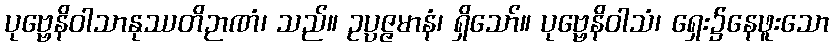
ပုဗ္ဗေနိဝါသာနုဿတိဉာဏံ၊ သည်။ ဥပ္ပဇ္ဇမာနံ၊ ရှိသော်။ ပုဗ္ဗေနိဝါသံ၊ ရှေး၌နေဖူးသော